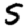
Digit: 5